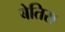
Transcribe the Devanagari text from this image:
बेतिस